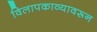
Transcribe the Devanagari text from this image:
विलापकाव्यावरून